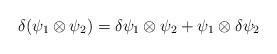
\begin{align*}\delta (\psi _{1}\otimes \psi _{2})=\delta \psi _{1}\otimes \psi _{2}+\psi_{1}\otimes \delta \psi _{2}\end{align*}